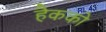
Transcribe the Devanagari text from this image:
हैकको